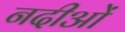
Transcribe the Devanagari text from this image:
नदीओं